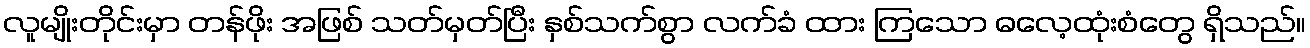
လူမျိုးတိုင်းမှာ တန်ဖိုး အဖြစ် သတ်မှတ်ပြီး နှစ်သက်စွာ လက်ခံ ထား ကြသော ဓလေ့ထုံးစံတွေ ရှိသည်။